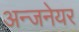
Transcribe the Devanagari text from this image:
अन्जनेयर